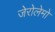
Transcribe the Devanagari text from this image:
जेरोलेमो